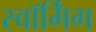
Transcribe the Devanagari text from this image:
स्वॉर्मिंग